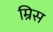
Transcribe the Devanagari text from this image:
म्रिस